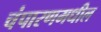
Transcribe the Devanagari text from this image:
चंपारणमधील